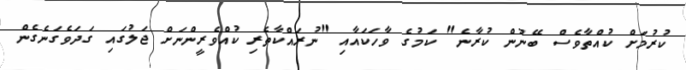
ކުރުމަށް ކުއްތާވެސް ބޭނުން ކުރާނެ" ކަމުގެ ވާހަކައާއި "ނުރައްކާތެރި ކުއްވެރީންނަށް ޖަލުގައި ގަދަވެގަނެގެން